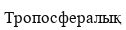
Тропосфералық